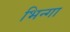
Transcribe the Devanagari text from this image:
भिन्गा